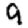
Digit: 9